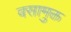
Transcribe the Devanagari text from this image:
वसामुक्त